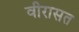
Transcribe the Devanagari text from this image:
वीरासत